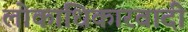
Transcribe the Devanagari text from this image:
लोकाधिकारवादी